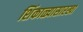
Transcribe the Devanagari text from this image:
शिंकाळ्यासारखा